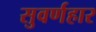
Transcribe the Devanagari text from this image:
सुवर्णहार